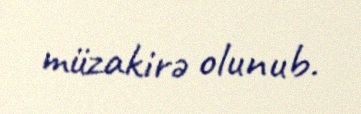
müzakirə olunub.